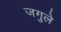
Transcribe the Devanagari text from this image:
जगुले